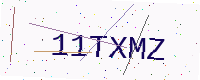
Text: 11TXMZ